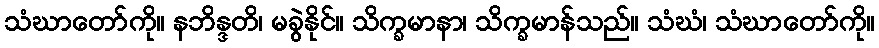
သံဃာတော်ကို။ နဘိန္ဒတိ၊ မခွဲနိုင်။ သိက္ခမာနာ၊ သိက္ခမာန်သည်။ သံဃံ၊ သံဃာတော်ကို။